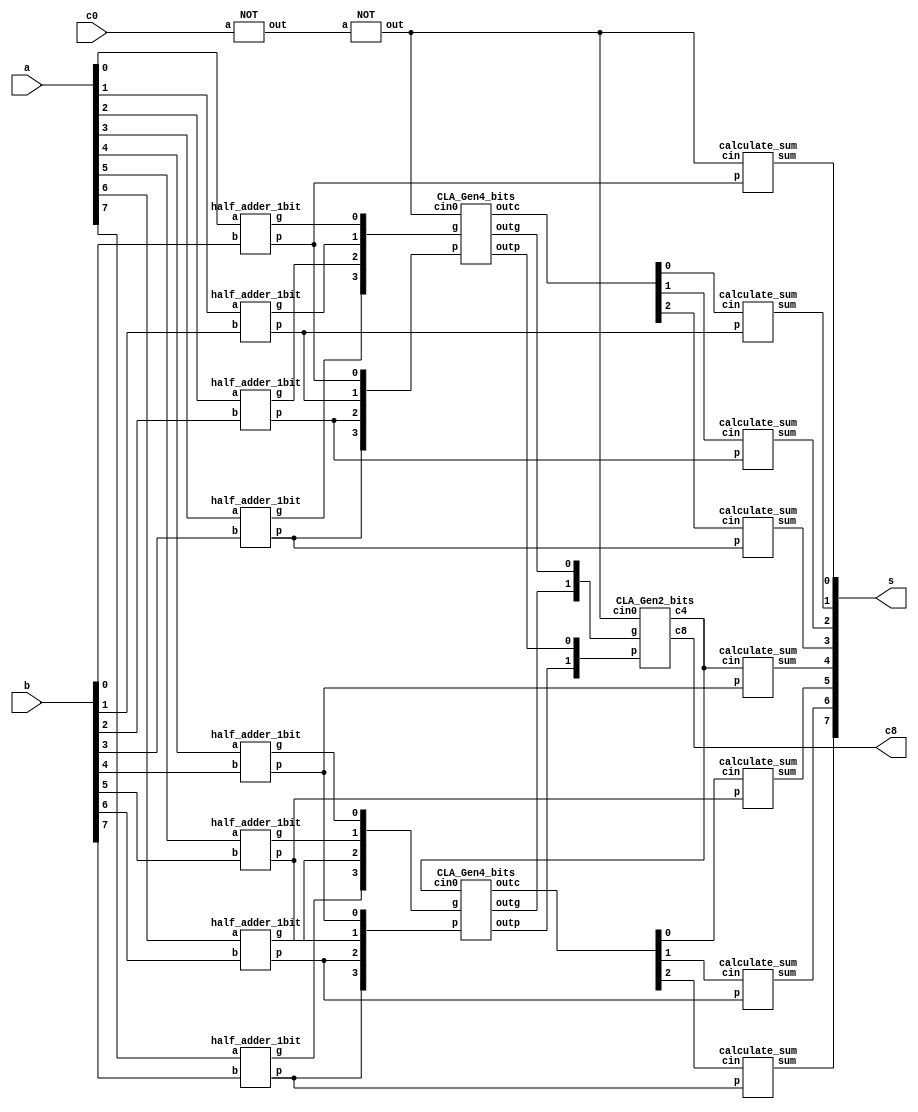
`timescale 1ns/1ps

module Carry_Look_Ahead_Adder_8bit(a, b, c0, s, c8);
input [7:0] a, b;
input c0;
output [7:0] s;
output c8;
wire [7:0] p, g ;
wire tmp;
wire [7:0] cin;    
wire [1:0] outp, outg;
NOT n0(c0, tmp);
NOT n1(tmp, cin[0]);
CLA_Gen4_bits gen0(p[3:0], g[3:0], cin[0], outp[0], outg[0], cin[3:1]);
CLA_Gen4_bits gen1(p[7:4], g[7:4], cin[4], outp[1], outg[1], cin[7:5]);
CLA_Gen2_bits gen2(outp, outg, cin[0], cin[4], c8);
half_adder_1bit ha[7:0](a, b, p, g);
calculate_sum cs[7:0](cin, p, s);
endmodule

module AND(a, b, out);
input a, b;
output out;
wire temp0;
nand and0(temp0, a, b);
nand and1(out, temp0, temp0);
endmodule

module AND_3bits(a, b, c, out);
input a, b, c;
output out;
wire tmp;
AND a0(a, b, tmp);
AND a1(tmp, c, out);
endmodule

module AND_4bits(a, b, c, d, out);
input a, b, c, d;
output out;
wire tmp;
AND_3bits a0 (a, b, c, tmp);
AND a1 (tmp, d, out); 
endmodule

module AND_5bits(a, b, c, d, e, out);
input a, b, c, d, e;
output out;
wire tmp;
AND_4bits a0 (a, b, c, d, tmp);
AND a1(tmp, e, out);
endmodule

module OR(a, b, out);
input a, b;
output out;
wire temp1, temp2;
nand or0(temp1, a, a);
nand or1(temp2, b, b);
nand or2(out, temp1, temp2);
endmodule

module OR_3bits(a, b, c, out);
input a, b, c;
output out;
wire temp1;
OR or0(a, b, temp1);
OR or1(temp1, c, out);
endmodule

module OR_4bits(a, b, c, d, out);
input a, b, c, d;
output out;
wire temp1;
OR_3bits or0(a, b, c, temp1);
OR or1(temp1, d, out);
endmodule

module OR_5bits(a, b, c, d, e, out);
input a, b, c, d, e;
output out;
wire temp1;
OR_4bits or0(a, b, c, d, temp1);
OR or1(temp1, e, out);
endmodule

module NOT(a, out);
input a;
output out;
nand not0(out, a, a);
endmodule

module XOR(a, b, out);
input a, b;
output out;
wire a_inv, b_inv, temp0, temp1;
NOT not0(a, a_inv);
NOT not1(b, b_inv);
AND and0(a, b_inv, temp0);
AND and1(a_inv, b, temp1);
OR or0(temp0, temp1, out);
endmodule

module calculate_sum(cin, p, sum);
input cin, p;
output sum;
XOR x0(cin, p, sum);
endmodule

module half_adder_1bit(a, b, p, g);
input a, b;
output p, g;
//propagating function
XOR x0(a, b, p);
//generating function
AND a0(a, b, g);
endmodule

module CLA_Gen4_bits(p, g, cin0, outp, outg, outc);
input [3:0] p, g;
input cin0;
output outp, outg;
output [2:0] outc;
wire [8:0] tmp;

AND a0(p[0], cin0, tmp[0]);
OR or0(tmp[0], g[0], outc[0]);

AND a1(p[1], g[0], tmp[1]);
AND_3bits a2(cin0, p[0], p[1], tmp[2]);
OR_3bits or1(tmp[1], tmp[2], g[1], outc[1]);

AND a3(p[2], g[1], tmp[3]);
AND_3bits a4(p[2], p[1], g[0], tmp[4]);
AND_4bits a5(cin0, p[0], p[1], p[2], tmp[5]);
OR_4bits or2(tmp[3], tmp[4], tmp[5], g[2], outc[2]);

AND a6(p[3], g[2], tmp[6]);
AND_3bits a7(p[3], p[2], g[1], tmp[7]);
AND_4bits a8(p[3], p[2], p[1], g[0], tmp[8]);
OR_4bits or3(tmp[6], tmp[7], tmp[8], g[3], outg);

AND_4bits a10(p[0], p[1], p[2], p[3], outp);
endmodule

module CLA_Gen2_bits(p, g, cin0, c4, c8);
input [1:0] p, g;
input cin0;
output c4, c8;
wire [2:0] tmp;

AND a0(p[0], cin0, tmp[0]);
OR or0(tmp[0], g[0], c4);

AND a1(p[1], g[0], tmp[1]);
AND_3bits a2(cin0, p[0], p[1], tmp[2]);
OR_3bits or1(tmp[1], tmp[2], g[1], c8);
endmodule